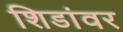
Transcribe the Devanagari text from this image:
शिडांवर